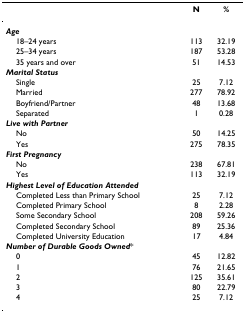
|  | N | % |
 | --- | --- | --- |
 | Age |  |  |
 | 18–24 years | 113 | 32.19 |
 | 25–34 years | 187 | 53.28 |
 | 35 years and over | 51 | 14.53 |
 | Marital Status |  |  |
 | Single | 25 | 7.12 |
 | Married | 277 | 78.92 |
 | Boyfriend/Partner | 48 | 13.68 |
 | Separated | 1 | 0.28 |
 | Live with Partner |  |  |
 | No | 50 | 14.25 |
 | Yes | 275 | 78.35 |
 | First Pregnancy |  |  |
 | No | 238 | 67.81 |
 | Yes | 113 | 32.19 |
 | Highest Level of Education Attended |  |  |
 | Completed Less than Primary School | 25 | 7.12 |
 | Completed Primary School | 8 | 2.28 |
 | Some Secondary School | 208 | 59.26 |
 | Completed Secondary School | 89 | 25.36 |
 | Completed University Education | 17 | 4.84 |
 | Number of Durable Goods Owned* |  |  |
 | 0 | 45 | 12.82 |
 | 1 | 76 | 21.65 |
 | 2 | 125 | 35.61 |
 | 3 | 80 | 22.79 |
 | 4 | 25 | 7.12 |